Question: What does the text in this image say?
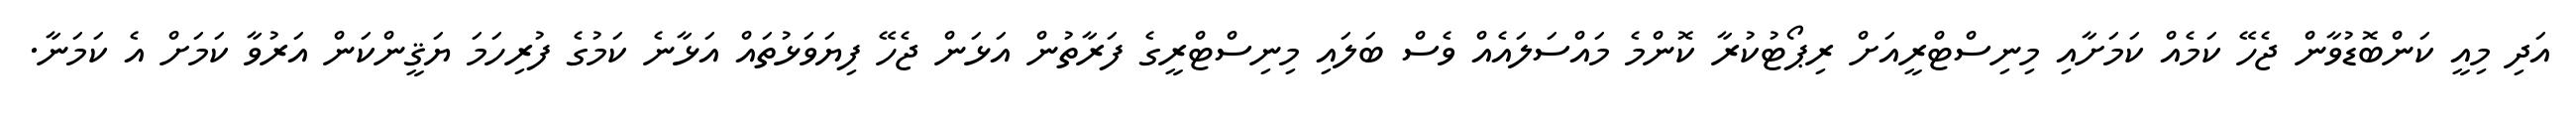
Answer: އަދި މިއީ ކަންބޮޑުވާން ޖެހޭ ކަމެއް ކަމަށާއި މިނިސްޓްރީއަށް ރިޕޯޓުކުރާ ކޮންމެ މައްސަލައެއް ވެސް ބަލައި މިނިސްޓްރީގެ ފަރާތުން އަޅަން ޖެހޭ ފިޔަވަޅުތައް އަޅާނެ ކަމުގެ ފުރިހަމަ ޔަޤީންކަން އަރުވާ ކަމަށް އެ ކަމަނާ.